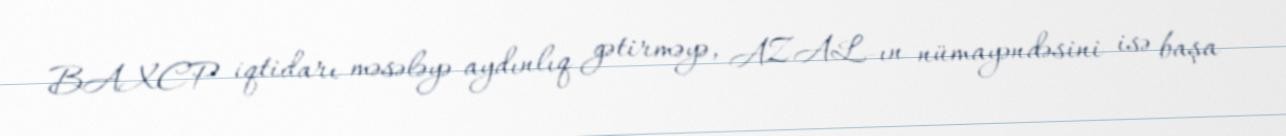
BAXCP iqtidarı məsələyə aydınlıq gətirməyə, AZAL-ın nümayəndəsini isə başa